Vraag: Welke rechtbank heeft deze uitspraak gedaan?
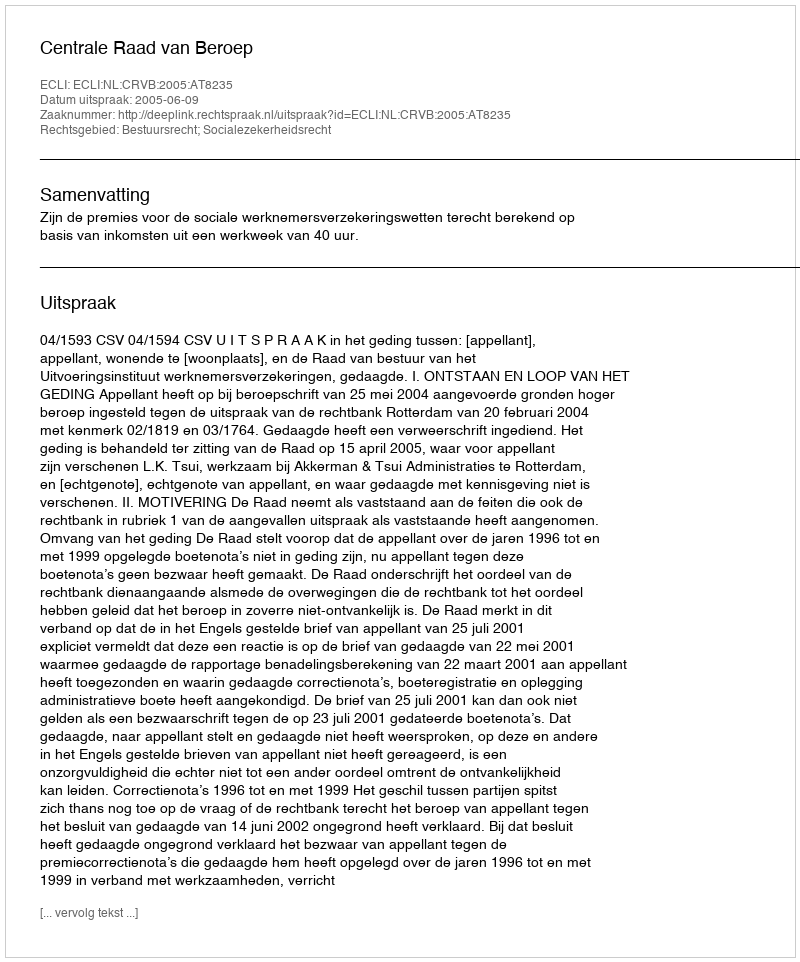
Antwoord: Centrale Raad van Beroep